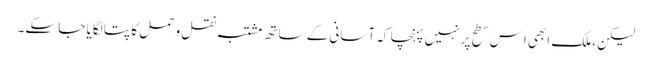
لیکن، ملک ابھی اِس سطح پر نہیں پہنچا کہ آسانی کے ساتھ مشتبہ نقل و حمل کا پتا لگایا جا سکے۔